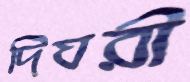
দিঘরী